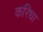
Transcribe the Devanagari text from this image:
करिधा